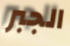
الجبر